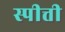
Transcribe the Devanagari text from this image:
स्पीत्ती